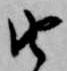
由